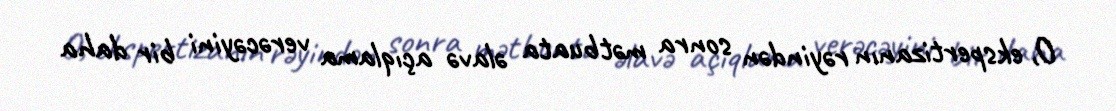
O, ekspertizanın rəyindən sonra mətbuata əlavə açıqlama verəcəyini bir daha